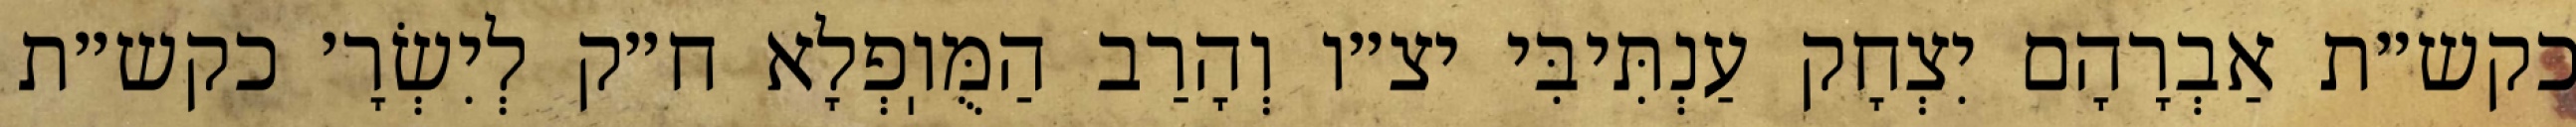
כקש״ת אַבְרָהָם יִצְחָק עַנְתִּיבִּי יצ״ו וְהָרַב הַמֻּוֽפְלָא ח״ק לְיִשְׂרָ׳ כקש״ת